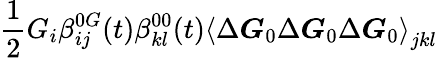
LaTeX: \frac{1}{2}G_{i}\beta_{ij}^{0G}(t)\beta_{kl}^{00}(t)\left\langle\Delta\boldsymbol{G}_{0}\Delta\boldsymbol{G}_{0}\Delta\boldsymbol{G}_{0}\right\rangle_{jkl}